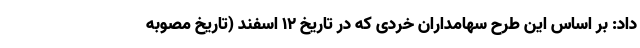
داد: بر اساس این طرح سهامداران خردی که در تاریخ ۱۲ اسفند (تاریخ مصوبه